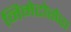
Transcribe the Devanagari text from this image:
निमेटोसेरा